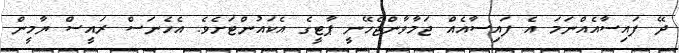
ދޭ ފައިސާއެއްނަމަ އެ ފައިސާއެއް ޖަމާވާންޖެހޭނީ ޕާޓީގެ އެކައުންޓަށެވެ. އެހެނަސް ރައީސް ޔާމީން